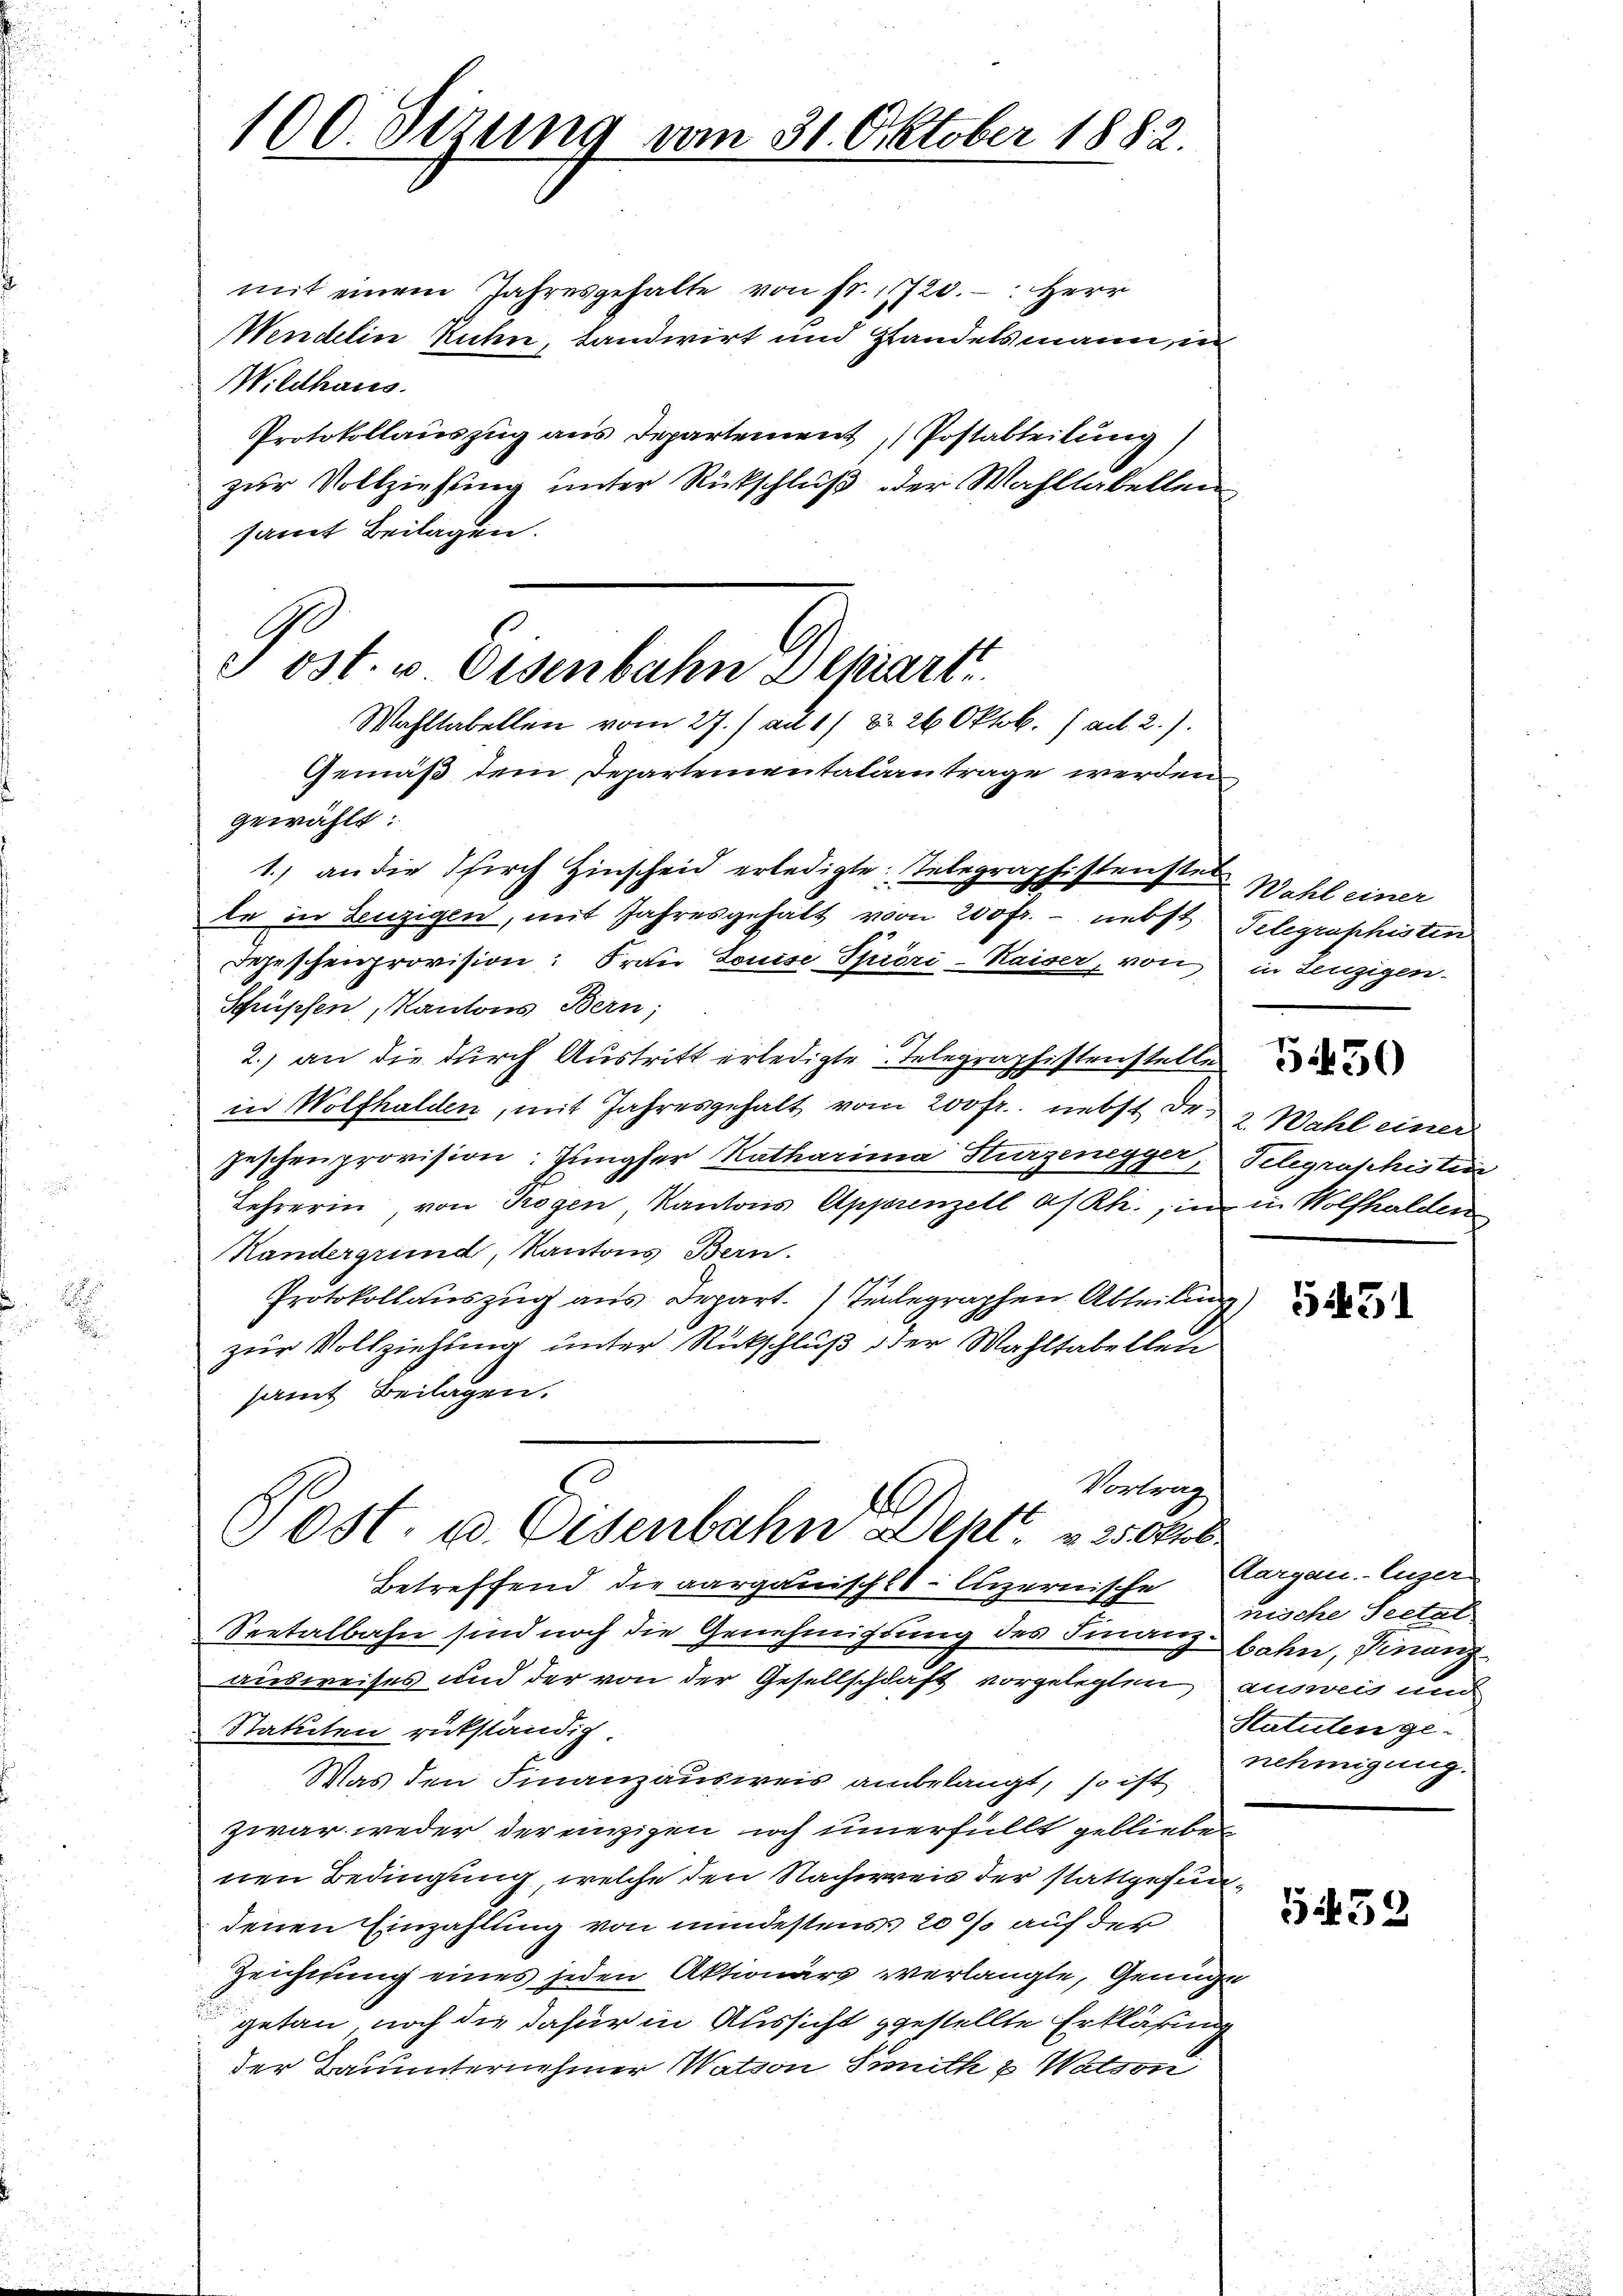
E

100. Dezung vom 31. Oktober 1882.

B
 ost. u Eisenbahn Depart

mit einem Jahresgehalte von fr. 11720. Herr
Wendelin Ruhn, landwirt und Handelsmann, in
Wildhaus.
Protokollauszug aus Departement, Postabteilung)
zur Vollziehung unter Rückschluß der Wahltabellen
samt Beilagen.
Wahltabellen vom 27./ ad 1) § 26 Oktob. / ad 2.)
Gemäß dem Departementalantrage werden
gewählt:
1.) an die Pirch Hinscheid erledigte Telegraphistenstet
le in Leuzigen, mit Jahresgehalt von 200 fr. - nebst Telegraphisten
Depeschenprovision: Frau Louise Spröri-Kaiser, von
Schüpfen, Kantons Bern;
2.) an die durch Austritt erledigte Telegraphistenstelle
in Wolfhalden, mit Jahresgehalt vom 200 fr. nebst dr. 2. Wahl einer
Zeschenprovision: Jungfer Katharina Hurzenegger,
Lehrerin, von Trogen, Kantons Apperenzell a/Rh., in in Wolfhalden
Kandergrund, Kantons Bern.
Protokollauszug aus Depart. Telegraphen Abteilung
zur Vollziehung unter Rückschluß der Wahltabellen
samt Beilagen.
Vortrag
A
)Ost. u. Eisenbahn Dept. v. 25 Oktb
Betreffend die aargauisch-luzernische Cargen. Luzer
Seetalbahn sind noch die Genehmigung des Finanzbahn, Finanzausweises und der von der Gesellschaft vorgelegten ausweis und
Statuten rükständig
Was den Finanzausweis anbelangt, so ist
zwar weder der einzigen noch innerfüllt geblieben
nen Bedingung, welche den Nachweis der stattgefundenen Einzahlung von mindestens 20 % auf der
Zeichnung eines jeden Aktionärs verlangte, Genüge
getan, noch die dafür in Aussicht gestellte Erklärung
der Bauunternehmer Wation Senith & Wation

Wahl einer
in Lenzigen.
3450
Telegraphistin

2/

5431

nische Seetal
Statuten genehmigung.

532